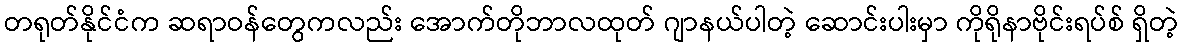
တရုတ်နိုင်ငံက ဆရာဝန်တွေကလည်း အောက်တိုဘာလထုတ် ဂျာနယ်ပါတဲ့ ဆောင်းပါးမှာ ကိုရိုနာဗိုင်းရပ်စ် ရှိတဲ့